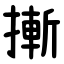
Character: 摲